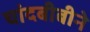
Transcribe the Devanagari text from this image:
चांदबीबीने